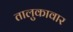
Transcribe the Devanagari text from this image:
तालुकावार